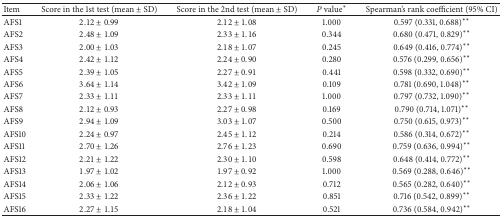
<table><thead><tr><td><b>Item</b></td><td><b>Score in the 1st test (mean ± SD)</b></td><td><b>Score in the 2nd test (mean ± SD)</b></td><td><b><i>P</i> value*</b></td><td><b>Spearman&#x27;s rank coefficient (95% CI)</b></td></tr></thead><tbody><tr><td>AFS1</td><td>2.12 ± 0.99</td><td>2.12 ± 1.08</td><td>1.000</td><td>0.597 (0.331, 0.688)**</td></tr><tr><td>AFS2</td><td>2.48 ± 1.09</td><td>2.33 ± 1.16</td><td>0.344</td><td>0.680 (0.471, 0.829)**</td></tr><tr><td>AFS3</td><td>2.00 ± 1.03</td><td>2.18 ± 1.07</td><td>0.245</td><td>0.649 (0.416, 0.774)**</td></tr><tr><td>AFS4</td><td>2.42 ± 1.12</td><td>2.24 ± 0.90</td><td>0.280</td><td>0.576 (0.299, 0.656)**</td></tr><tr><td>AFS5</td><td>2.39 ± 1.05</td><td>2.27 ± 0.91</td><td>0.441</td><td>0.598 (0.332, 0.690)**</td></tr><tr><td>AFS6</td><td>3.64 ± 1.14</td><td>3.42 ± 1.09</td><td>0.109</td><td>0.781 (0.690, 1.048)**</td></tr><tr><td>AFS7</td><td>2.33 ± 1.11</td><td>2.33 ± 1.11</td><td>1.000</td><td>0.797 (0.732, 1.090)**</td></tr><tr><td>AFS8</td><td>2.12 ± 0.93</td><td>2.27 ± 0.98</td><td>0.169</td><td>0.790 (0.714, 1.071)**</td></tr><tr><td>AFS9</td><td>2.94 ± 1.09</td><td>3.03 ± 1.07</td><td>0.500</td><td>0.750 (0.615, 0.973)**</td></tr><tr><td>AFS10</td><td>2.24 ± 0.97</td><td>2.45 ± 1.12</td><td>0.214</td><td>0.586 (0.314, 0.672)**</td></tr><tr><td>AFS11</td><td>2.70 ± 1.26</td><td>2.76 ± 1.23</td><td>0.690</td><td>0.759 (0.636, 0.994)**</td></tr><tr><td>AFS12</td><td>2.21 ± 1.22</td><td>2.30 ± 1.10</td><td>0.598</td><td>0.648 (0.414, 0.772)**</td></tr><tr><td>AFS13</td><td>1.97 ± 1.02</td><td>1.97 ± 0.92</td><td>1.000</td><td>0.569 (0.288, 0.646)**</td></tr><tr><td>AFS14</td><td>2.06 ± 1.06</td><td>2.12 ± 0.93</td><td>0.712</td><td>0.565 (0.282, 0.640)**</td></tr><tr><td>AFS15</td><td>2.33 ± 1.22</td><td>2.36 ± 1.22</td><td>0.851</td><td>0.716 (0.542, 0.899)**</td></tr><tr><td>AFS16</td><td>2.27 ± 1.15</td><td>2.18 ± 1.04</td><td>0.521</td><td>0.736 (0.584, 0.942)**</td></tr></tbody></table>